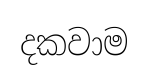
දකවාම